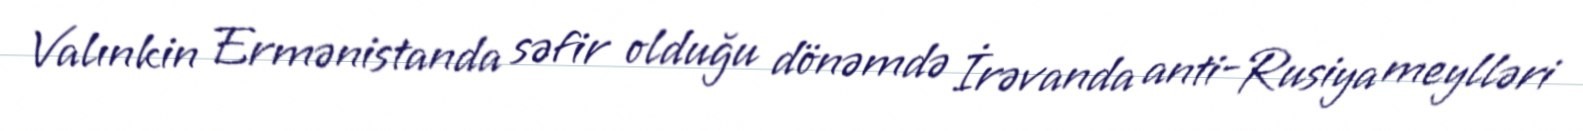
Valınkin Ermənistanda səfir olduğu dönəmdə İrəvanda anti-Rusiya meylləri